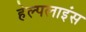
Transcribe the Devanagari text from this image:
हेल्पलाइंस